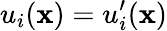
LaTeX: u_{i}(\mathbf{x})=u_{i}^{\prime}(\mathbf{x})